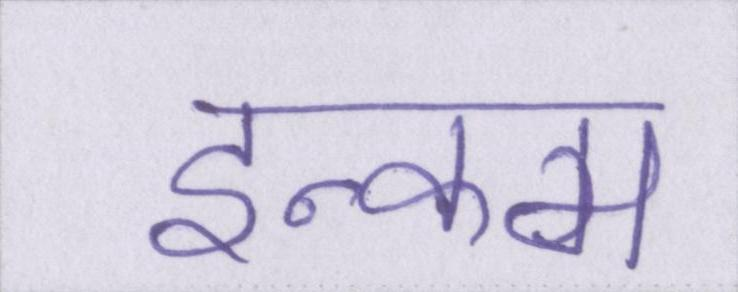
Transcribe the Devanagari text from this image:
इन्कम